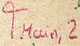
Text: TMain,2